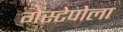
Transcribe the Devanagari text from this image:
गेस्टेपोला